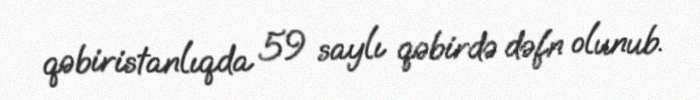
qəbiristanlıqda 59 saylı qəbirdə dəfn olunub.